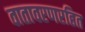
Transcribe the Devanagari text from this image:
वातावरणरहित